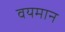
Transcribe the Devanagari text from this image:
वयमान